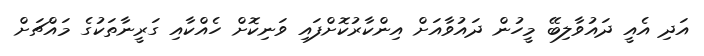
އަދި އެއީ ދައުވާލިބޭ މީހުން ދައުވާއަށް އިންކާރުކޮށްފައި ވަނިކޮށް ހެއްކާއި ގަރީނާތަކުގެ މައްޗަށް